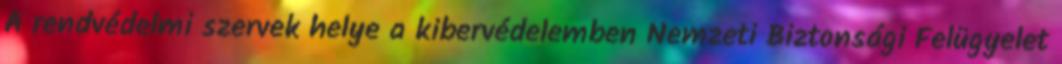
A rendvédelmi szervek helye a kibervédelemben Nemzeti Biztonsági Felügyelet